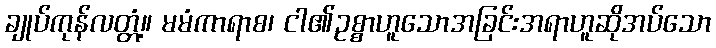
ချုပ်ကုန်လတ္တံ့။ မမံကာရာစ၊ ငါ၏ဥစ္စာဟူသောအခြင်းအရာဟူဆိုအပ်သော